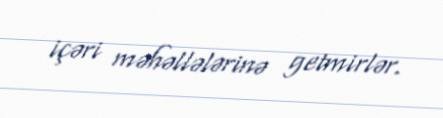
içəri məhəllələrinə getmirlər.